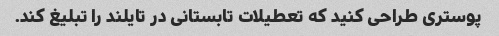
پوستری طراحی کنید که تعطیلات تابستانی در تایلند را تبلیغ کند.